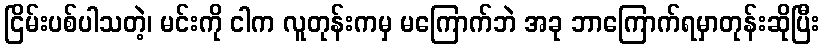
ငြိမ်းပစ်ပါသတဲ့၊ မင်းကို ငါက လူတုန်းကမှ မကြောက်ဘဲ အခု ဘာကြောက်ရမှာတုန်းဆိုပြီး